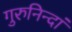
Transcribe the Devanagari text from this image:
गुरुनिन्दां